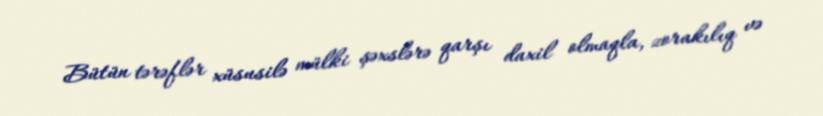
Bütün tərəflər xüsusilə mülki şəxslərə qarşı daxil olmaqla, zorakılıq və